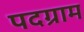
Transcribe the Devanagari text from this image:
पदग्राम